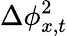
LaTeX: \Delta{\phi}_{{x},{t}}^{2}